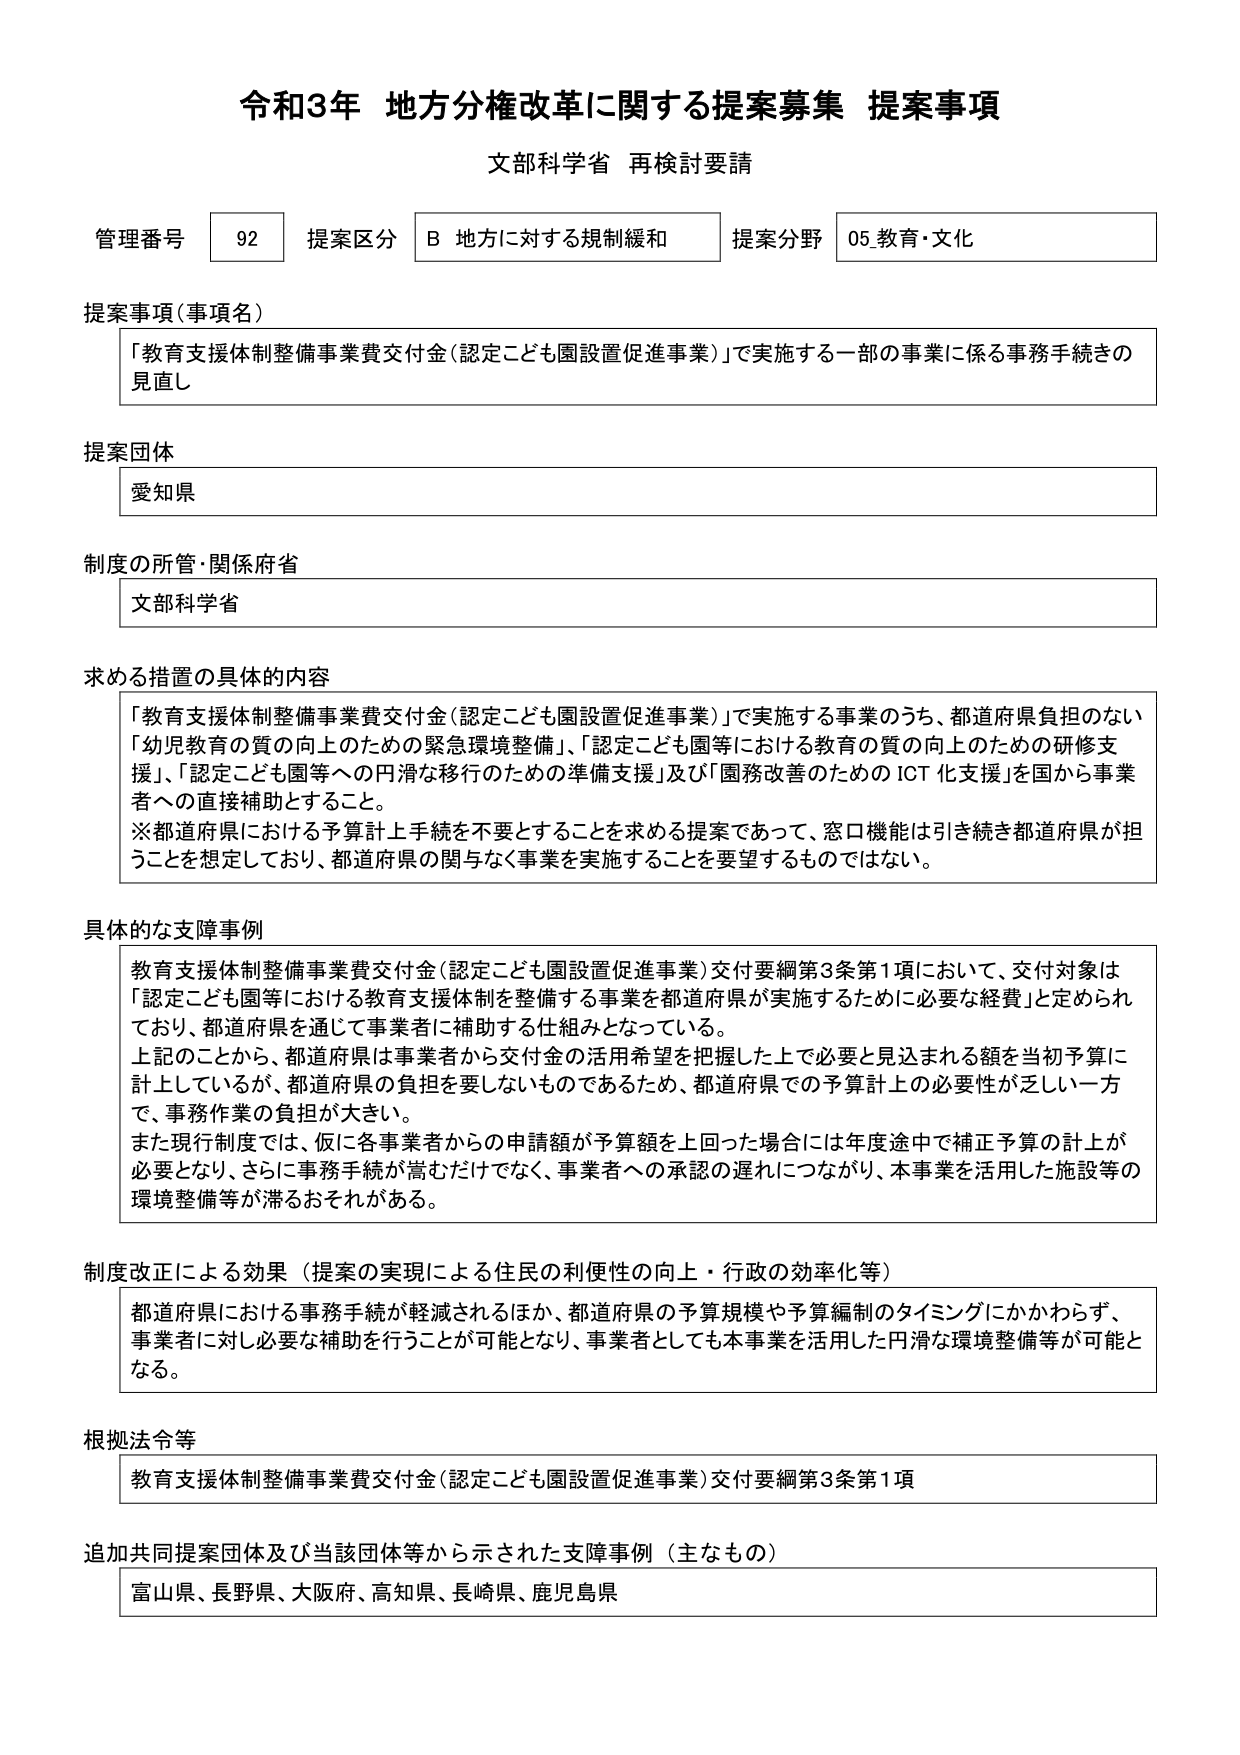
令和3年 地方分権改革に関する提案募集 提案事項
文部科学省 再検討要請

管理番号 92 提案区分 B 地方に対する規制緩和 提案分野 05.教育・文化

提案事項（事項名）
「教育支援体制整備事業費交付金（認定こども園設置促進事業）」で実施する一部の事業に係る事務手続きの見直し

提案団体
愛知県

制度の所管・関係府省
文部科学省

求める措置の具体的内容
「教育支援体制整備事業費交付金（認定こども園設置促進事業）」で実施する事業のうち、都道府県負担のない「幼児教育の質の向上のための緊急環境整備」、「認定こども園等における教育の質の向上のための研修支援」、「認定こども園等への円滑な移行のための準備支援」及び「園務改善のための ICT 化支援」を国から事業者への直接補助とすること。
※都道府県における予算計上手続を不要とすることを求める提案であって、窓口機能は引き続き都道府県が担うことを想定しており、都道府県の関与なく事業を実施することを要望するものではない。

具体的な支障事例
教育支援体制整備事業費交付金（認定こども園設置促進事業）交付要綱第3条第1項において、交付対象は「認定こども園等における教育支援体制を整備する事業を都道府県が実施するために必要な経費」と定められており、都道府県を通じて事業者に補助する仕組みとなっている。
上記のことから、都道府県は事業者から交付金の活用希望を把握した上で必要と見込まれる額を当初予算に計上しているが、都道府県の負担を要しないものであるため、都道府県での予算計上の必要性が乏しい一方で、事務作業の負担が大きい。
また現行制度では、仮に各事業者からの申請額が予算額を上回った場合には年度途中で補正予算の計上が必要となり、さらに事務手続が嵩むだけでなく、事業者への承認の遅れにつながり、本事業を活用した施設等の環境整備等が滞るおそれがある。

制度改正による効果（提案の実現による住民の利便性の向上・行政の効率化等）
都道府県における事務手続が軽減されるほか、都道府県の予算規模や予算編制のタイミングにかかわらず、事業者に対し必要な補助を行うことが可能となり、事業者としても本事業を活用した円滑な環境整備等が可能となる。

根拠法令等
教育支援体制整備事業費交付金（認定こども園設置促進事業）交付要綱第3条第1項

追加共同提案団体及び当該団体等から示された支障事例（主なもの）
富山県、長野県、大阪府、高知県、長崎県、鹿児島県